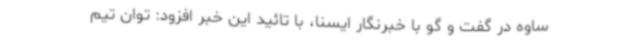
ساوه در گفت و گو با خبرنگار ایسنا، با تائید این خبر افزود: توان تیم